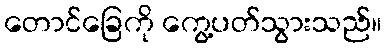
တောင်ခြေကို ကွေ့ပတ်သွားသည်။